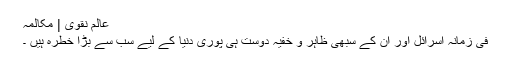
عالم نقوی | مکالمہ
فی زمانہ اسرائل اور ان کے سبھی ظاہر و خفیہ دوست ہی پوری دنیا کے لیے سب سے بڑا خطرہ ہیں ۔